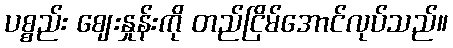
ပစ္စည်း ဈေးနှုန်းကို တည်ငြိမ်အောင်လုပ်သည်။